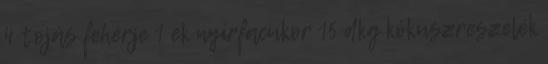
4 tojás fehérje 1 ek nyírfacukor 15 dkg kókuszreszelék